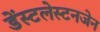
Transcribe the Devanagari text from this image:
डेंस्टलेस्टनजेन